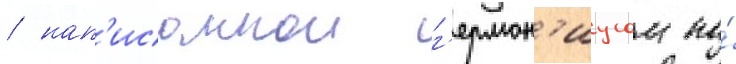
/ нап'исаннои г'ермон'иусом по́